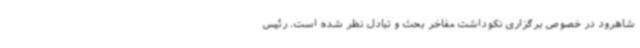
شاهرود در خصوص برگزاری نکوداشت مفاخر بحث و تبادل نظر شده است. رئیس